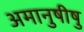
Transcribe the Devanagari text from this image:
अमानुषीषु